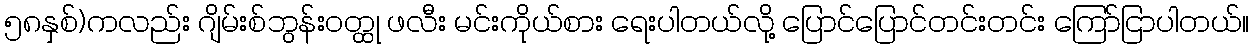
၅၈နှစ်)ကလည်း ဂျိမ်းစ်ဘွန်းဝတ္ထု ဖလီး မင်းကိုယ်စား ရေးပါတယ်လို့ ပြောင်ပြောင်တင်းတင်း ကြော်ငြာပါတယ်။